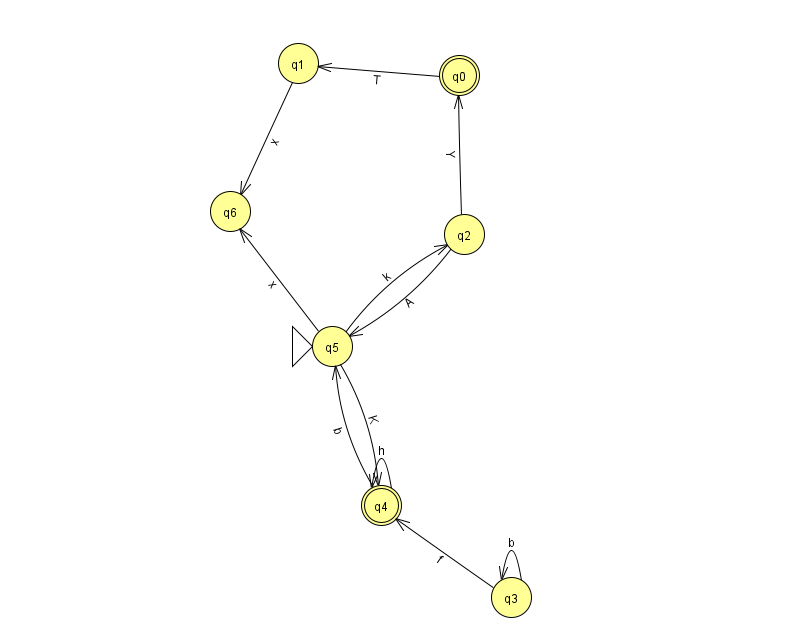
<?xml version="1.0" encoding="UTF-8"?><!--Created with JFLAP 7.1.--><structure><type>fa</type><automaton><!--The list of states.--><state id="0" name="q0"><x>459.0</x><y>62.0</y><final/></state><state id="1" name="q1"><x>298.0</x><y>50.0</y></state><state id="2" name="q2"><x>464.0</x><y>221.0</y></state><state id="3" name="q3"><x>511.0</x><y>584.0</y></state><state id="4" name="q4"><x>381.0</x><y>492.0</y><final/></state><state id="5" name="q5"><x>332.0</x><y>333.0</y><initial/></state><state id="6" name="q6"><x>230.0</x><y>198.0</y></state><!--The list of transitions.--><transition><from>5</from><to>2</to><read>k</read></transition><transition><from>0</from><to>1</to><read>T</read></transition><transition><from>3</from><to>3</to><read>b</read></transition><transition><from>2</from><to>0</to><read>Y</read></transition><transition><from>3</from><to>4</to><read>f</read></transition><transition><from>4</from><to>5</to><read>b</read></transition><transition><from>4</from><to>4</to><read>h</read></transition><transition><from>2</from><to>5</to><read>A</read></transition><transition><from>1</from><to>6</to><read>x</read></transition><transition><from>5</from><to>4</to><read>K</read></transition><transition><from>5</from><to>6</to><read>x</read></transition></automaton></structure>